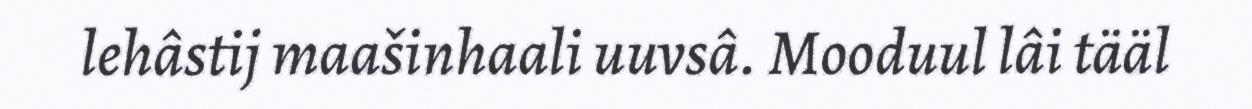
lehâstij maašinhaali uuvsâ. Mooduul lâi tääl